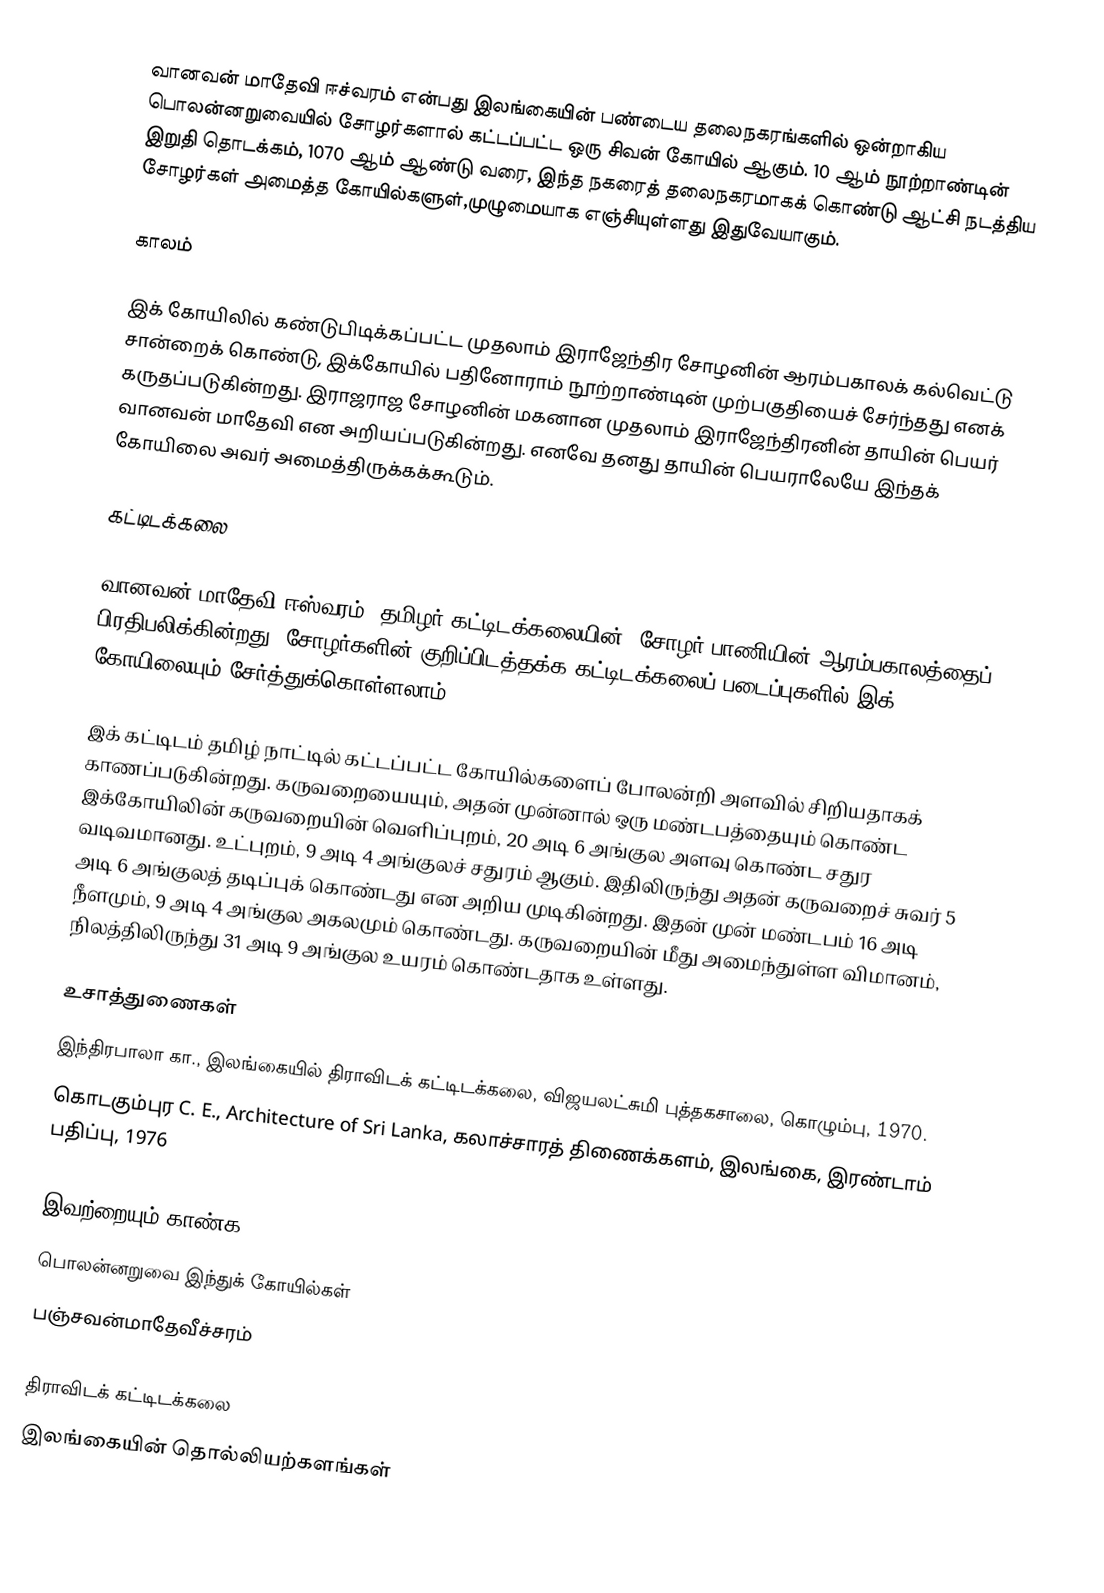
வானவன் மாதேவி ஈச்வரம் என்பது இலங்கையின் பண்டைய தலைநகரங்களில் ஒன்றாகிய பொலன்னறுவையில் சோழர்களால் கட்டப்பட்ட ஒரு சிவன் கோயில் ஆகும். 10 ஆம் நூற்றாண்டின் இறுதி தொடக்கம், 1070 ஆம் ஆண்டு வரை, இந்த நகரைத் தலைநகரமாகக் கொண்டு ஆட்சி நடத்திய சோழர்கள் அமைத்த கோயில்களுள்,முழுமையாக எஞ்சியுள்ளது இதுவேயாகும்.

காலம்

இக் கோயிலில் கண்டுபிடிக்கப்பட்ட முதலாம் இராஜேந்திர சோழனின் ஆரம்பகாலக் கல்வெட்டு சான்றைக் கொண்டு, இக்கோயில் பதினோராம் நூற்றாண்டின் முற்பகுதியைச் சேர்ந்தது எனக் கருதப்படுகின்றது. இராஜராஜ சோழனின் மகனான முதலாம் இராஜேந்திரனின் தாயின் பெயர் வானவன் மாதேவி என அறியப்படுகின்றது. எனவே தனது தாயின் பெயராலேயே இந்தக் கோயிலை அவர் அமைத்திருக்கக்கூடும்.

கட்டிடக்கலை

வானவன் மாதேவி ஈஸ்வரம்,  தமிழர் கட்டிடக்கலையின், சோழர் பாணியின் ஆரம்பகாலத்தைப் பிரதிபலிக்கின்றது. சோழர்களின் குறிப்பிடத்தக்க கட்டிடக்கலைப் படைப்புகளில் இக் கோயிலையும் சேர்த்துக்கொள்ளலாம்.

இக் கட்டிடம் தமிழ் நாட்டில் கட்டப்பட்ட கோயில்களைப் போலன்றி அளவில் சிறியதாகக் காணப்படுகின்றது. கருவறையையும், அதன் முன்னால் ஒரு மண்டபத்தையும் கொண்ட இக்கோயிலின் கருவறையின் வெளிப்புறம், 20 அடி 6 அங்குல அளவு கொண்ட சதுர வடிவமானது. உட்புறம், 9 அடி 4 அங்குலச் சதுரம் ஆகும். இதிலிருந்து அதன் கருவறைச் சுவர் 5 அடி 6 அங்குலத் தடிப்புக் கொண்டது என அறிய முடிகின்றது. இதன் முன் மண்டபம் 16 அடி நீளமும், 9 அடி 4 அங்குல அகலமும் கொண்டது.  கருவறையின் மீது அமைந்துள்ள விமானம், நிலத்திலிருந்து 31 அடி 9 அங்குல உயரம் கொண்டதாக உள்ளது.

உசாத்துணைகள்
 இந்திரபாலா கா., இலங்கையில் திராவிடக் கட்டிடக்கலை, விஜயலட்சுமி புத்தகசாலை, கொழும்பு, 1970.
 கொடகும்புர C. E., Architecture of Sri Lanka, கலாச்சாரத் திணைக்களம், இலங்கை, இரண்டாம் பதிப்பு, 1976

இவற்றையும் காண்க
 பொலன்னறுவை இந்துக் கோயில்கள்
 பஞ்சவன்மாதேவீச்சரம்

திராவிடக் கட்டிடக்கலை
இலங்கையின் தொல்லியற்களங்கள்